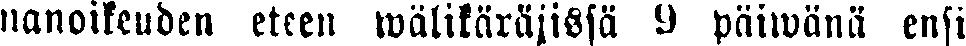
nanoikeuden eteen wälikäräjissä 9 päiwänä ensi